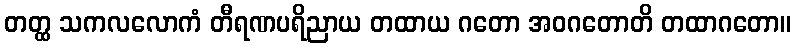
တတ္ထ သကလလောကံ တီရဏပရိညာယ တထာယ ဂတော အဝဂတောတိ တထာဂတော။